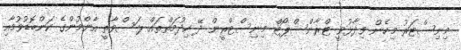
މިނިސްޓަރު މިހެން ވިދާޅުވީ ޓްރާންސްޕޯޓް މިނިސްޓްރީން ދޭ ހިދުމަތްތައް ލަސްވާތީ އާންމުންގެ ކަންބޮޑުވުމާއި